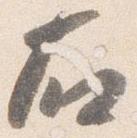
右